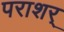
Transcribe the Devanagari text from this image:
पराशर्